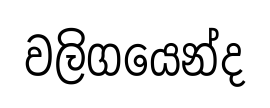
වලිගයෙන්ද